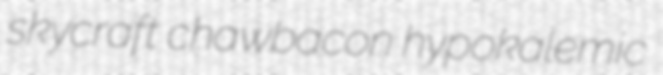
skycraft chawbacon hypokalemic